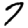
Digit: 7